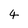
Character: 4